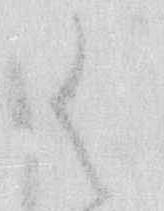
御